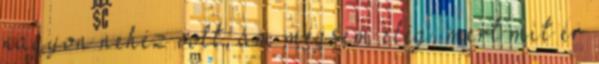
nagyon nehéz volt, ám mégsem elég, mert mit ér